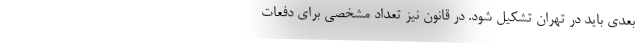
بعدی باید در تهران تشکیل شود. در قانون نیز تعداد مشخصی برای دفعات